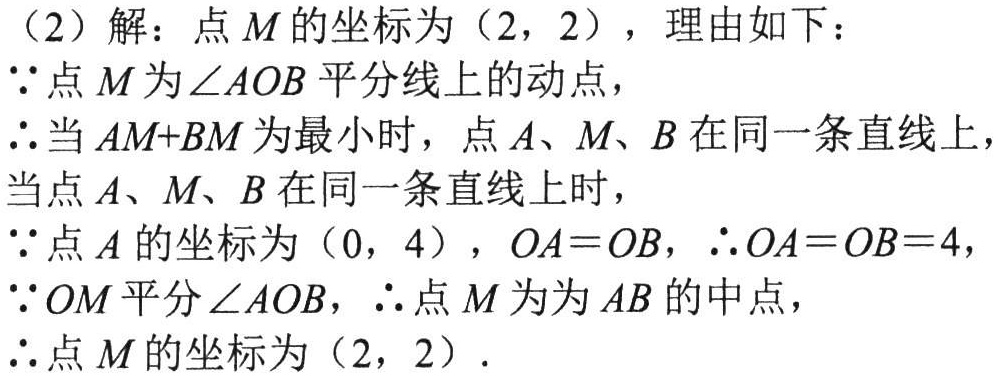
（2）解：点\(M\)的坐标为\((2,2)\)，理由如下：

\(\because\)点\(M\)为\(\angle AOB\)平分线上的动点，

\(\therefore\)当\(AM + BM\)为最小时，点\(A\)、\(M\)、\(B\)在同一条直线上，

当点\(A\)、\(M\)、\(B\)在同一条直线上时，

\(\because\)点\(A\)的坐标为\((0,4)\)，\(OA = OB\)，\(\therefore OA = OB = 4\)，

\(\because OM\)平分\(\angle AOB\)，\(\therefore\)点\(M\)为为\(AB\)的中点，

\(\therefore\)点\(M\)的坐标为\((2,2)\)．